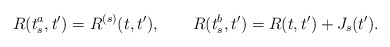
\begin{align*}R(t_s^a,t')=R^{(s)}(t,t'),\qquad R(t_s^b,t')=R(t,t')+J_s(t') .\end{align*}